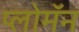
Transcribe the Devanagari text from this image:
प्लोमॅन